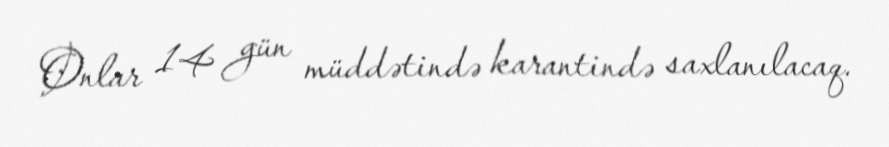
Onlar 14 gün müddətində karantində saxlanılacaq.